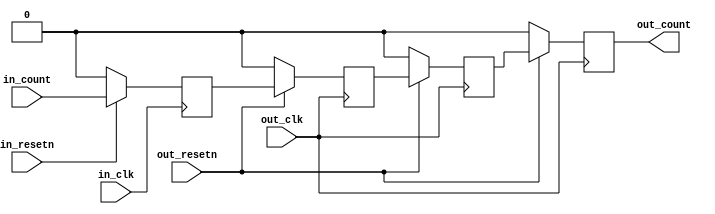
module sync_gray_2 (
	input in_clk,
	input in_resetn,
	input [DATA_WIDTH-1:0] in_count,
	input out_resetn,
	input out_clk,
	output [DATA_WIDTH-1:0] out_count
);
parameter DATA_WIDTH = 1;
parameter CLK_ASYNC = 1;
reg [DATA_WIDTH-1:0] in_count_gray = 'h0;
reg [DATA_WIDTH-1:0] out_count_gray_m1 = 'h0;
reg [DATA_WIDTH-1:0] out_count_gray_m2 = 'h0;
reg [DATA_WIDTH-1:0] out_count_m = 'h0;
function [DATA_WIDTH-1:0] g2b;
	input [DATA_WIDTH-1:0] g;
	reg   [DATA_WIDTH-1:0] b;
	integer i;
	begin
		b[DATA_WIDTH-1] = g[DATA_WIDTH-1];
		for (i = DATA_WIDTH - 2; i >= 0; i =  i - 1)
			b[i] = b[i + 1] ^ g[i];
		g2b = b;
	end
endfunction
function [DATA_WIDTH-1:0] b2g;
	input [DATA_WIDTH-1:0] b;
	reg [DATA_WIDTH-1:0] g;
	integer i;
	begin
		g[DATA_WIDTH-1] = b[DATA_WIDTH-1];
		for (i = DATA_WIDTH - 2; i >= 0; i = i -1)
				g[i] = b[i + 1] ^ b[i];
		b2g = g;
	end
endfunction
always @(posedge in_clk) begin
	if (in_resetn == 1'b0) begin
		in_count_gray <= 'h00;
	end else begin
		in_count_gray <= b2g(in_count);
	end
end
always @(posedge out_clk) begin
	if (out_resetn == 1'b0) begin
		out_count_gray_m1 <= 'h00;
		out_count_gray_m2 <= 'h00;
		out_count_m <= 'h00;
	end else begin
		out_count_gray_m1 <= in_count_gray;
		out_count_gray_m2 <= out_count_gray_m1;
		out_count_m <= g2b(out_count_gray_m2);
	end
end
assign out_count = CLK_ASYNC ? out_count_m : in_count;
endmodule